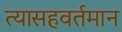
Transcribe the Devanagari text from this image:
त्यासहवर्तमान